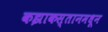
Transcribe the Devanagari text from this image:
कझाकस्तानमधून